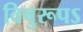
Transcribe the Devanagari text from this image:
विषुरूपऽ